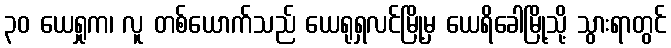
၃၀ ယေရှုက၊ လူ တစ်ယောက်သည် ယေရုရှလင်မြို့မှ ယေရိခေါမြို့သို့ သွားရာတွင်